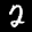
Label: 2